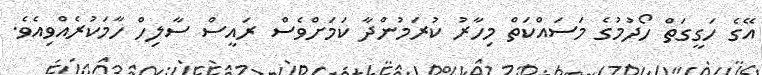
އޭގެ ހަގީގަތް ހޯދުމުގެ މަސައްކަތް މިހާރު ކުރަމުންދާ ކަމަށްވެސް ރައީސް ސާލިހް ހާމަކުރެއްވިއެވެ.